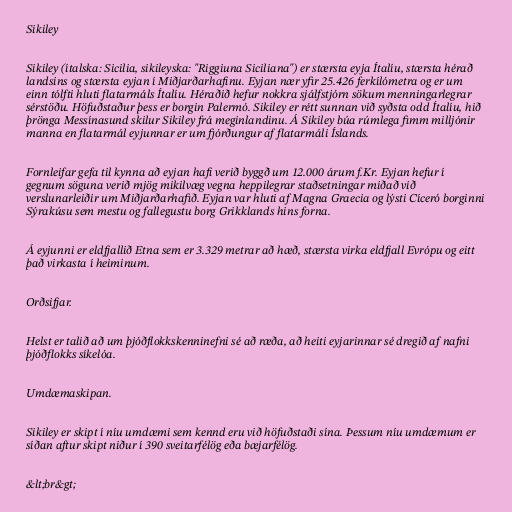
Sikiley

Sikiley (ítalska: Sicilia, sikileyska: "Riggiuna Siciliana") er stærsta eyja Ítalíu, stærsta hérað
landsins og stærsta eyjan í Miðjarðarhafinu. Eyjan nær yfir 25.426 ferkílómetra og er um
einn tólfti hluti flatarmáls Ítalíu. Héraðið hefur nokkra sjálfstjórn sökum menningarlegrar
sérstöðu. Höfuðstaður þess er borgin Palermó. Sikiley er rétt sunnan við syðsta odd Ítalíu, hið
þrönga Messínasund skilur Sikiley frá meginlandinu. Á Sikiley búa rúmlega fimm milljónir
manna en flatarmál eyjunnar er um fjórðungur af flatarmáli Íslands.

Fornleifar gefa til kynna að eyjan hafi verið byggð um 12.000 árum f.Kr. Eyjan hefur í
gegnum söguna verið mjög mikilvæg vegna heppilegrar staðsetningar miðað við
verslunarleiðir um Miðjarðarhafið. Eyjan var hluti af Magna Graecia og lýsti Cíceró borginni
Sýrakúsu sem mestu og fallegustu borg Grikklands hins forna.

Á eyjunni er eldfjallið Etna sem er 3.329 metrar að hæð, stærsta virka eldfjall Evrópu og eitt
það virkasta í heiminum.

Orðsifjar.

Helst er talið að um þjóðflokkskenninefni sé að ræða, að heiti eyjarinnar sé dregið af nafni
þjóðflokks síkelóa.

Umdæmaskipan.

Sikiley er skipt í níu umdæmi sem kennd eru við höfuðstaði sína. Þessum níu umdæmum er
síðan aftur skipt niður í 390 sveitarfélög eða bæjarfélög.

&lt;br&gt;